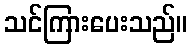
သင်ကြားပေးသည်။